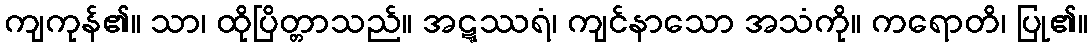
ကျကုန်၏။ သာ၊ ထိုပြိတ္တာသည်။ အဋ္ဋဿရံ၊ ကျင်နာသော အသံကို။ ကရောတိ၊ ပြု၏။